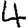
Digit: 4